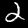
Label: 2